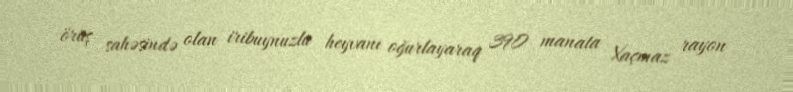
örüş sahəsində olan iribuynuzlu heyvanı oğurlayaraq 390 manata Xaçmaz rayon